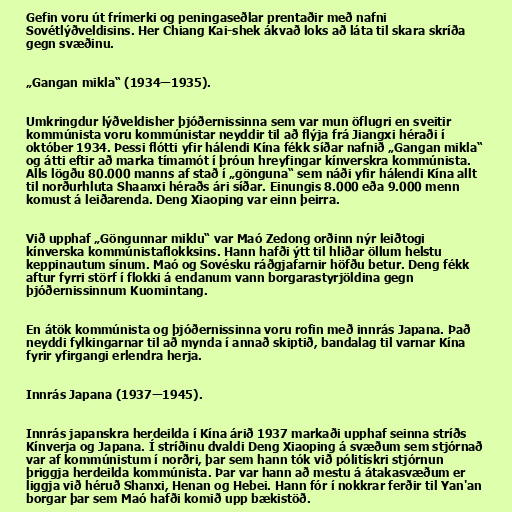
Gefin voru út frímerki og peningaseðlar prentaðir með nafni
Sovétlýðveldisins. Her Chiang Kai-shek ákvað loks að láta til skara skríða
gegn svæðinu.

„Gangan mikla“ (1934―1935).

Umkringdur lýðveldisher þjóðernissinna sem var mun öflugri en sveitir
kommúnista voru kommúnistar neyddir til að flýja frá Jiangxi héraði í
október 1934. Þessi flótti yfir hálendi Kína fékk síðar nafnið „Gangan mikla“
og átti eftir að marka tímamót í þróun hreyfingar kínverskra kommúnista.
Alls lögðu 80.000 manns af stað í „gönguna“ sem náði yfir hálendi Kína allt
til norðurhluta Shaanxi héraðs ári síðar. Einungis 8.000 eða 9.000 menn
komust á leiðarenda. Deng Xiaoping var einn þeirra.

Við upphaf „Göngunnar miklu“ var Maó Zedong orðinn nýr leiðtogi
kínverska kommúnistaflokksins. Hann hafði ýtt til hliðar öllum helstu
keppinautum sínum. Maó og Sovésku ráðgjafarnir höfðu betur. Deng fékk
aftur fyrri störf í flokki á endanum vann borgarastyrjöldina gegn
þjóðernissinnum Kuomintang.

En átök kommúnista og þjóðernissinna voru rofin með innrás Japana. Það
neyddi fylkingarnar til að mynda í annað skiptið, bandalag til varnar Kína
fyrir yfirgangi erlendra herja.

Innrás Japana (1937―1945).

Innrás japanskra herdeilda í Kína árið 1937 markaði upphaf seinna stríðs
Kínverja og Japana. Í stríðinu dvaldi Deng Xiaoping á svæðum sem stjórnað
var af kommúnistum í norðri, þar sem hann tók við pólitískri stjórnun
þriggja herdeilda kommúnista. Þar var hann að mestu á átakasvæðum er
liggja við héruð Shanxi, Henan og Hebei. Hann fór í nokkrar ferðir til Yan'an
borgar þar sem Maó hafði komið upp bækistöð.